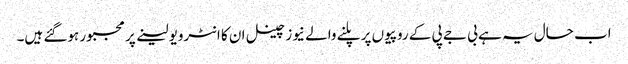
اب حال یہ ہے بی جے پی کے روپیوں پر پلنے والے نیوز چینل ان کا انٹرویو لینے پر مجبور ہوگئے ہیں۔